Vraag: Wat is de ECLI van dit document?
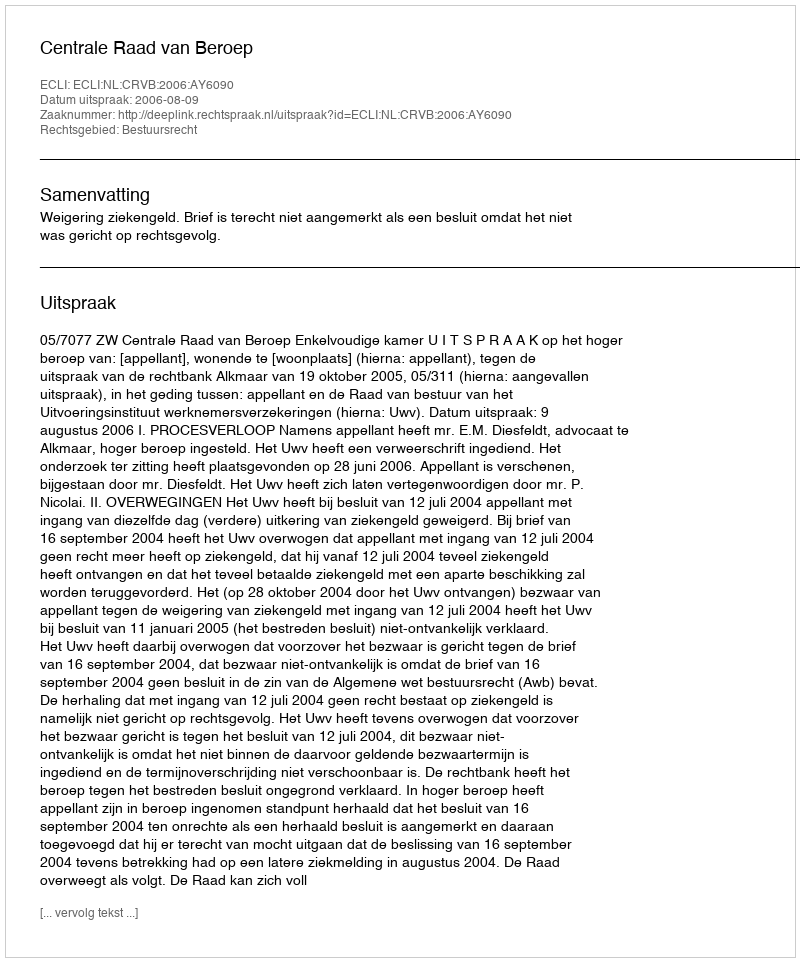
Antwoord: ECLI:NL:CRVB:2006:AY6090